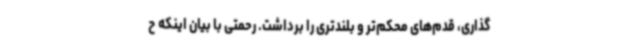
گذاری، قدم‌های محکم‌تر و بلندتری را برداشت. رحمتی با بیان اینکه ح